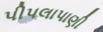
પીપલાપાણી